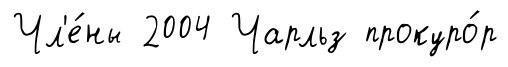
Чл'е́ны 2004 Чарльз прокуро́р